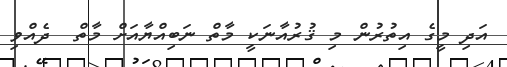
އަދި މީގެ އިތުރުން މި ޤުރުއާނަކީ މާތް ނަބިއްޔާއަށް މާތް  ދެއްވި